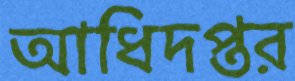
আধিদপ্তর